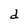
Character: d